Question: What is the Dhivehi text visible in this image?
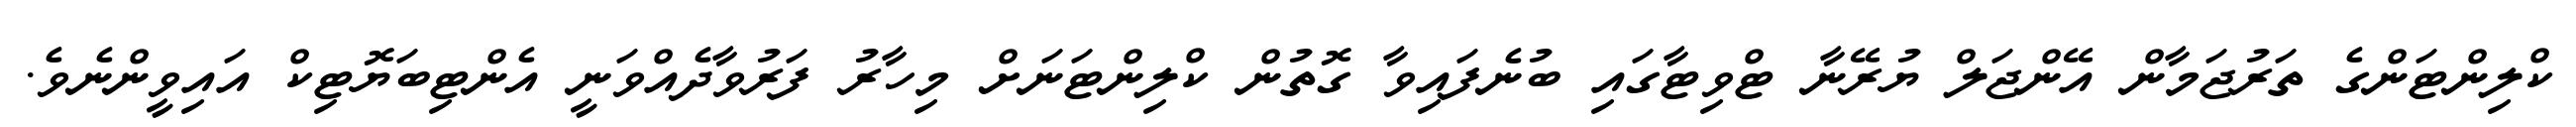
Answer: ކްލިންޓަންގެ ތަރުޖަމާން އޭންޖަލް ޔުރޭނާ ޓްވިޓާގައި ބުނެފައިވާ ގޮތުން ކްލިންޓަނަށް މިހާރު ފަރުވާދެއްވަނީ އެންޓިބަޔޮޓިކް އައިވީންނެވެ.